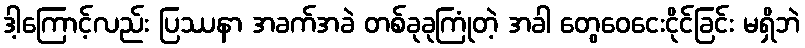
ဒါ့ကြောင့်လည်း ပြဿနာ အခက်အခဲ တစ်ခုခုကြုံတဲ့ အခါ တွေဝေငေးငိုင်ခြင်း မရှိဘဲ